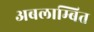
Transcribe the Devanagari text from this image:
अबलाम्बित